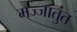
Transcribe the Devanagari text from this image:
मज्जातुंत